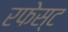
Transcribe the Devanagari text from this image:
रफेस्ट